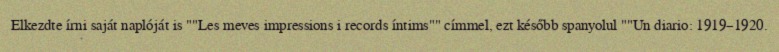
Elkezdte írni saját naplóját is ""Les meves impressions i records íntims"" címmel, ezt később spanyolul ""Un diario: 1919–1920.